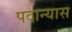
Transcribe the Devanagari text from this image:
पदान्यास